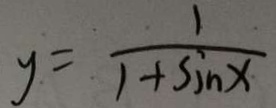
y = \frac { 1 } { 1 + \sin x }